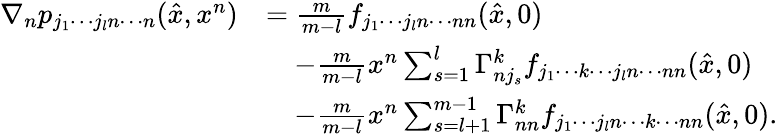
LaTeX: \begin{array}{rl}{\nabla_{n}p_{j_{1}\cdots j_{l}n\cdots n}(\hat{x},x^{n})}&{=\frac{m}{m-l}f_{j_{1}\cdots j_{l}n\cdots nn}(\hat{x},0)}\\ &{\quad-\frac{m}{m-l}x^{n}\sum_{s=1}^{l}\Gamma_{nj_{s}}^{k}f_{j_{1}\cdots k\cdots j_{l}n\cdots nn}(\hat{x},0)}\\ &{\quad-\frac{m}{m-l}x^{n}\sum_{s=l+1}^{m-1}\Gamma_{nn}^{k}f_{j_{1}\cdots j_{l}n\cdots k\cdots nn}(\hat{x},0).}\end{array}